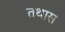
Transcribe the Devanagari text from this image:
तथास